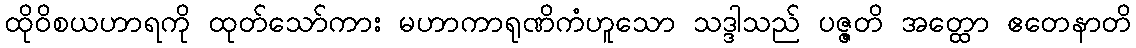
ထိုဝိစယဟာရကို ထုတ်သော်ကား မဟာကာရုဏိကံဟူသော သဒ္ဒါသည် ပဇ္ဇတိ အတ္ထော ဧတေနာတိ